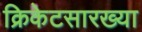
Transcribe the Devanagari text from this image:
क्रिकेटसारख्या